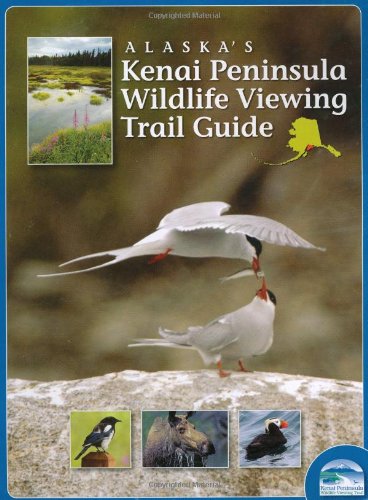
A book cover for Alaska's Kenai Peninsula Wildlife Viewing Trail Guide; Doug O'Harra; Sports & Outdoors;